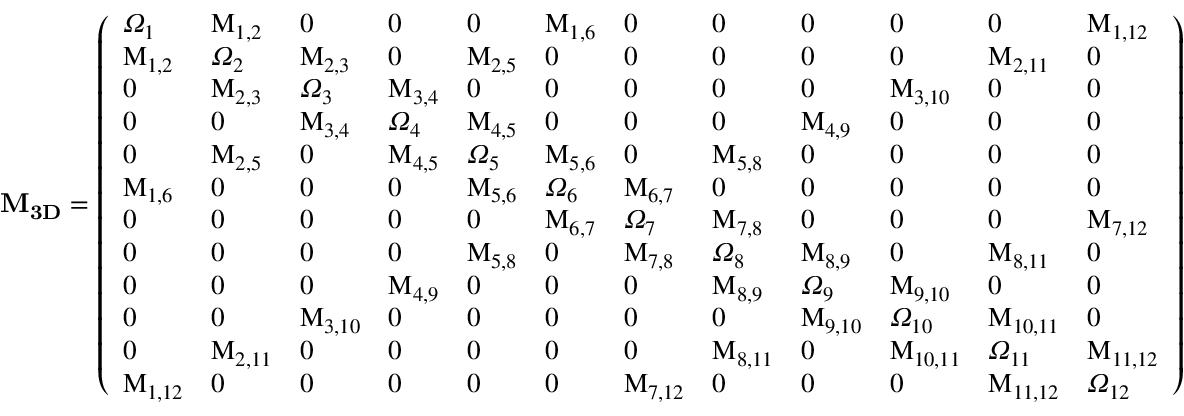
\bf { M _ { 3 D } } = \left( \begin{array} { l l l l l l l l l l l l } { \Omega _ { 1 } } & { M _ { 1 , 2 } } & { 0 } & { 0 } & { 0 } & { M _ { 1 , 6 } } & { 0 } & { 0 } & { 0 } & { 0 } & { 0 } & { M _ { 1 , 1 2 } } \\ { M _ { 1 , 2 } } & { \Omega _ { 2 } } & { M _ { 2 , 3 } } & { 0 } & { M _ { 2 , 5 } } & { 0 } & { 0 } & { 0 } & { 0 } & { 0 } & { M _ { 2 , 1 1 } } & { 0 } \\ { 0 } & { M _ { 2 , 3 } } & { \Omega _ { 3 } } & { M _ { 3 , 4 } } & { 0 } & { 0 } & { 0 } & { 0 } & { 0 } & { M _ { 3 , 1 0 } } & { 0 } & { 0 } \\ { 0 } & { 0 } & { M _ { 3 , 4 } } & { \Omega _ { 4 } } & { M _ { 4 , 5 } } & { 0 } & { 0 } & { 0 } & { M _ { 4 , 9 } } & { 0 } & { 0 } & { 0 } \\ { 0 } & { M _ { 2 , 5 } } & { 0 } & { M _ { 4 , 5 } } & { \Omega _ { 5 } } & { M _ { 5 , 6 } } & { 0 } & { M _ { 5 , 8 } } & { 0 } & { 0 } & { 0 } & { 0 } \\ { M _ { 1 , 6 } } & { 0 } & { 0 } & { 0 } & { M _ { 5 , 6 } } & { \Omega _ { 6 } } & { M _ { 6 , 7 } } & { 0 } & { 0 } & { 0 } & { 0 } & { 0 } \\ { 0 } & { 0 } & { 0 } & { 0 } & { 0 } & { M _ { 6 , 7 } } & { \Omega _ { 7 } } & { M _ { 7 , 8 } } & { 0 } & { 0 } & { 0 } & { M _ { 7 , 1 2 } } \\ { 0 } & { 0 } & { 0 } & { 0 } & { M _ { 5 , 8 } } & { 0 } & { M _ { 7 , 8 } } & { \Omega _ { 8 } } & { M _ { 8 , 9 } } & { 0 } & { M _ { 8 , 1 1 } } & { 0 } \\ { 0 } & { 0 } & { 0 } & { M _ { 4 , 9 } } & { 0 } & { 0 } & { 0 } & { M _ { 8 , 9 } } & { \Omega _ { 9 } } & { M _ { 9 , 1 0 } } & { 0 } & { 0 } \\ { 0 } & { 0 } & { M _ { 3 , 1 0 } } & { 0 } & { 0 } & { 0 } & { 0 } & { 0 } & { M _ { 9 , 1 0 } } & { \Omega _ { 1 0 } } & { M _ { 1 0 , 1 1 } } & { 0 } \\ { 0 } & { M _ { 2 , 1 1 } } & { 0 } & { 0 } & { 0 } & { 0 } & { 0 } & { M _ { 8 , 1 1 } } & { 0 } & { M _ { 1 0 , 1 1 } } & { \Omega _ { 1 1 } } & { M _ { 1 1 , 1 2 } } \\ { M _ { 1 , 1 2 } } & { 0 } & { 0 } & { 0 } & { 0 } & { 0 } & { M _ { 7 , 1 2 } } & { 0 } & { 0 } & { 0 } & { M _ { 1 1 , 1 2 } } & { \Omega _ { 1 2 } } \end{array} \right)